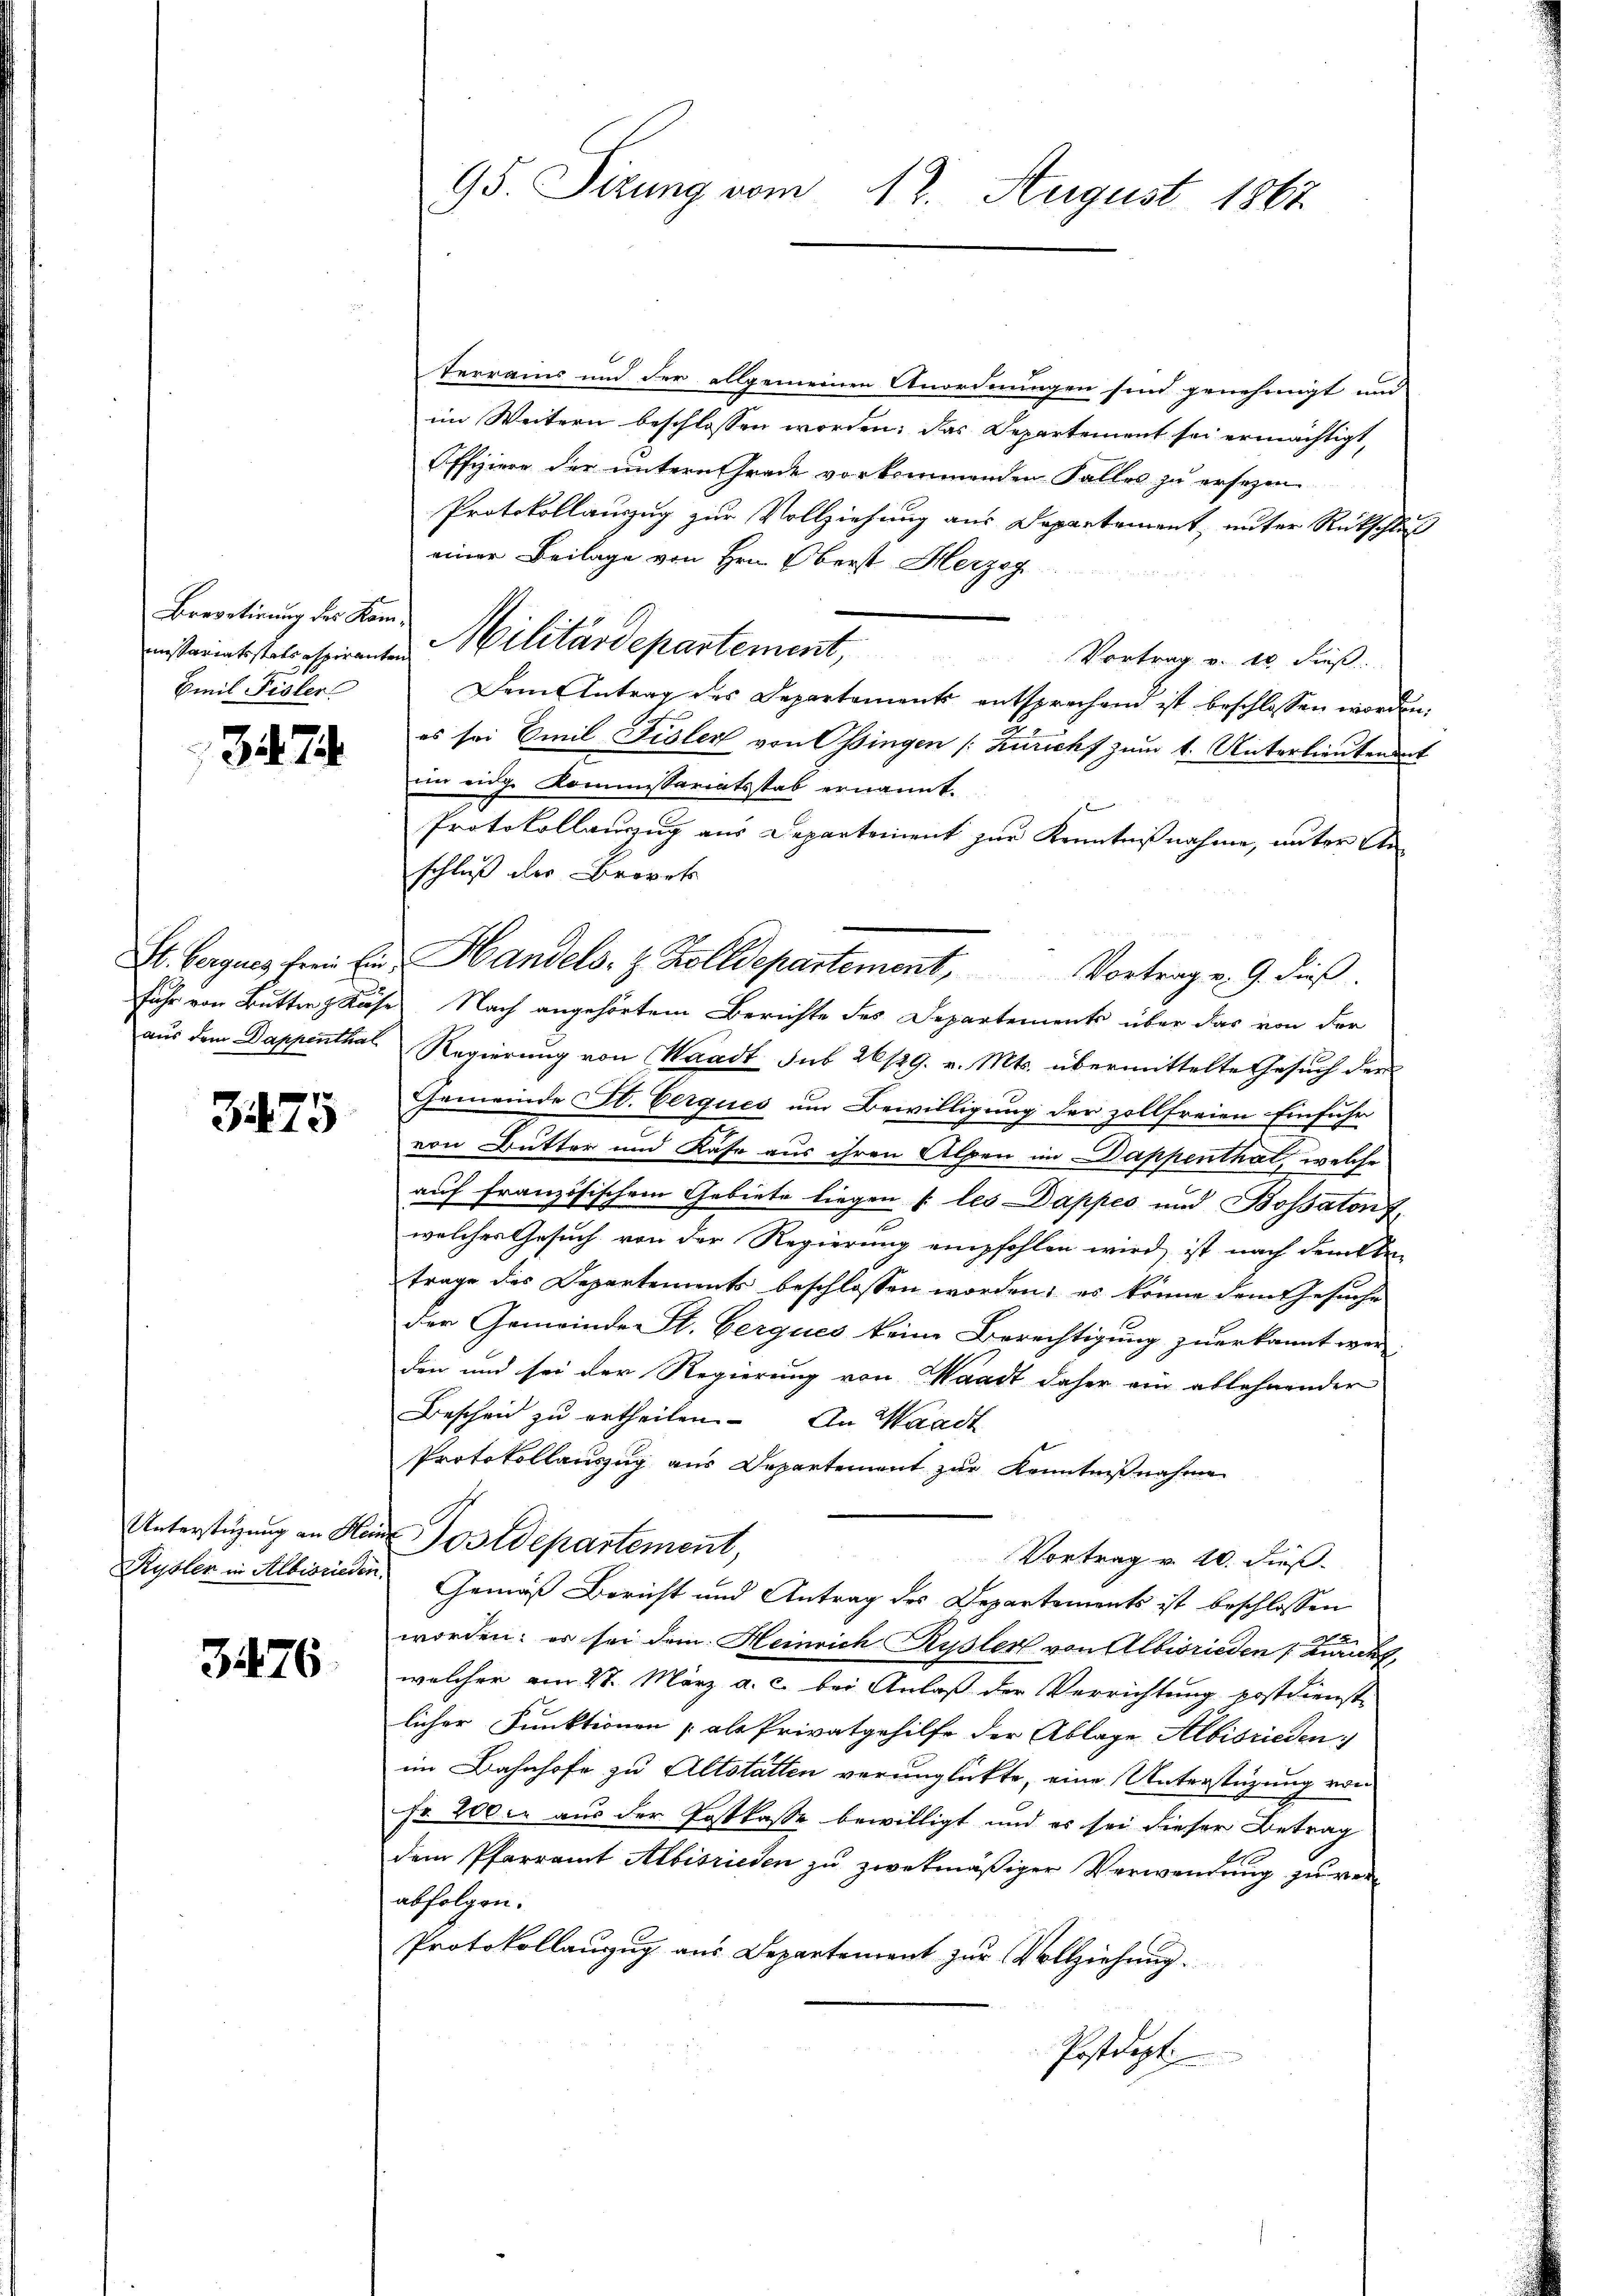
revetirung des Kom¬
Emil Fisler

3474.

3475

Unterstüzung an Hen
Rybler in Albisrieden.

3476.

95. Sizung vom 17. August 1867

Terrains und der allgemeinen Anordnungen sind genehmigt und
im Weitern beschlossen worden; das Departement sei ermächtigt,
Offiziere der untern Grade vorkommenden Falles zu ersezen-
Protokollauszug zur Vollziehung aus Departement, unter Rückschluß
einer Beilage von Hrn. Oberst Herzog
inistariatstals espiranten Militärdepartement,
Vortrag v. 10 dieß
Dem Antrag des Departements entsprechend ist beschlossen worden.
es sei Emil Fisler von Ossingen (Züricht zum 1. Unterlieutende
ein eidg. Kommissariatsstab ernannt.
Protokollauszug aus Departement zur Kenntnißnahme, unter Anschluß der Brorek
t. Berques frei Ein Handels- & Zolldepartement, Vortrag v. 9. dieß.
fuhr von Butter z Käse Nach angehörtem Berichte des Departements über das von der
aus dem Dappenthal Regierung von Waadt sub 26/29. v. Mts. übermittelte Gesuch der
Gemeinde St. Cerques um Bewilligung der zollfreien Einfuhr
von Butter und Kase aus ihren Alpen im Dappenthat, welche
auf französischem Gebiete liegen (: les Dappes und Bossaton f
welches Gesuch von der Regierung empfohlen wird, ist nach dem be-
trage des Departements beschlossen worden; es könne dem Gesuche
der Gemeinde St. Gerques keine Berechtigung zuerkannt wer
don und sei der Regierung von Waadt daher ein ablehnender
Beschen zŭ ertheilen. An Waadt
Protokollauszug aus Departement zur Kenntnißnahme
Postdepartement,
Vortrag v. 20. Fuß.
Gemäß Bericht und Antrag des Departements ist beschlossen
worden; er sei dem Heinrich Rysler von Albisrieden Buruckt,
welcher am 27. März a. c. bei Anlaß der Verrichtung postdienst
licher Funktionen (als Privatgehilfe der Ablage Albisrieden
im Bahnhofe zu Altstätten verunglückte, eine Unterstüzung von
Fr. 200. aus der Postkasse bewilligt und es sei dieser Betrag
dem Pfarramt Albisrieden zu zwekmäßiger Verwendung zu verabfolgen.
Protokollanzug aus Departement zur Vollziehung.
Postdept